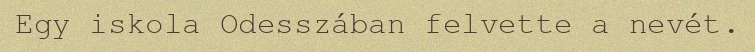
Egy iskola Odesszában felvette a nevét.